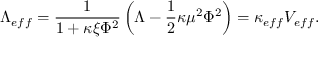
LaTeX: \Lambda _ { e f f } = \frac { 1 } { 1 + \kappa \xi \Phi ^ { 2 } } \left( \Lambda - \frac { 1 } { 2 } \kappa \mu ^ { 2 } \Phi ^ { 2 } \right) = \kappa _ { e f f } V _ { e f f } .